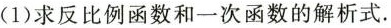
(1)求反比例函数和一次函数的解析式.